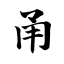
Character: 甬